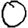
Digit: 0